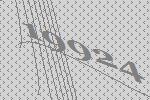
19924